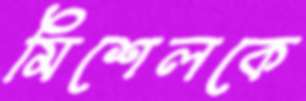
মিশেলকে